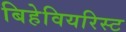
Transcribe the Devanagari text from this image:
बिहेवियरिस्ट